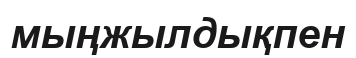
мыңжылдықпен